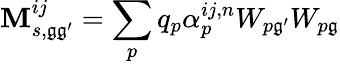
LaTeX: \mathbf{M}_{s,\mathfrak{g}\mathfrak{g}^{\prime}}^{ij}=\sum_{p}q_{p}{\alpha}_{p}^{ij,n}W_{p\mathfrak{g}^{\prime}}W_{p\mathfrak{g}}